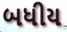
બધીય